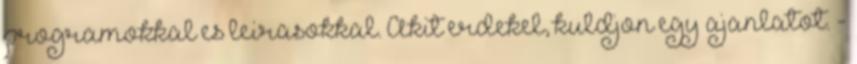
programokkal es leirasokkal. Akit erdekel, kuldjon egy ajanlatot. -